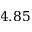
4 . 8 5